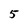
Character: 5